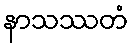
နာသဿတံ